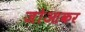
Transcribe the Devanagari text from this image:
जोआकर